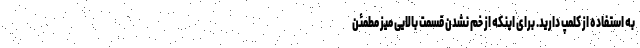
به استفاده از کلمپ دارید. برای اینکه از خم نشدن قسمت بالایی میز مطمئن